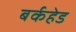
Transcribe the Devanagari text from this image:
बर्कहेड